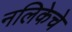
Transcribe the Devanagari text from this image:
नलिकेचे